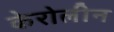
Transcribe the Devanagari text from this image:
केरोलीन